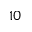
1 0